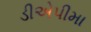
ડીએપીમા